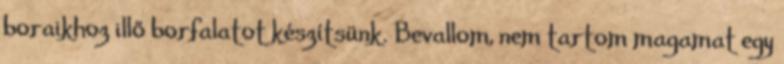
boraikhoz illő borfalatot készítsünk. Bevallom, nem tartom magamat egy